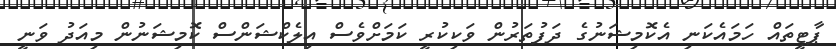
ޕާޓީތައް ހަމައެކަނި އެކޮމިޝަނުގެ ދަފުތަރުން ވަކިކުރީ ކަމަށްވެސް އިލެކްޝަންސް ކޮމިޝަނުން މިއަދު ވަނީ